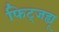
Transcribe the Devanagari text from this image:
फिट्जह्यू